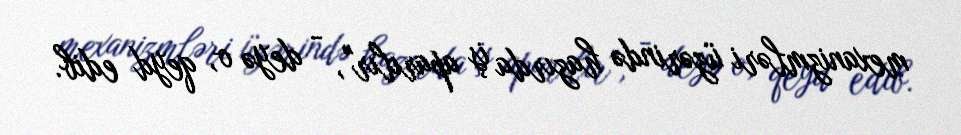
mexanizmləri üzərində hazırda iş aparılır", - deyə o, qeyd edib.